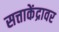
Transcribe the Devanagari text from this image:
सत्ताकेंद्रावर